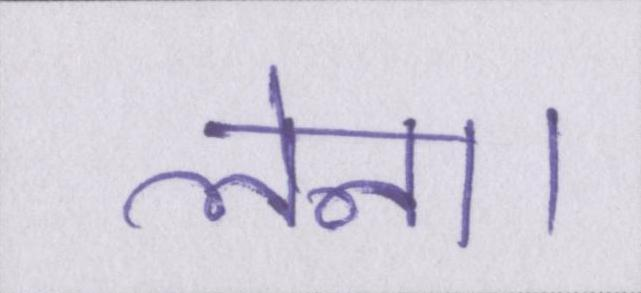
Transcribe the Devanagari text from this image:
लेना।